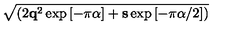
\sqrt { ( { 2 { \bf q } ^ { 2 } \exp { [ - \pi \alpha ] } + { \bf s } \exp { [ - \pi \alpha / 2 ] } } ) }